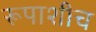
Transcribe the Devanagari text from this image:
रूपाशीच